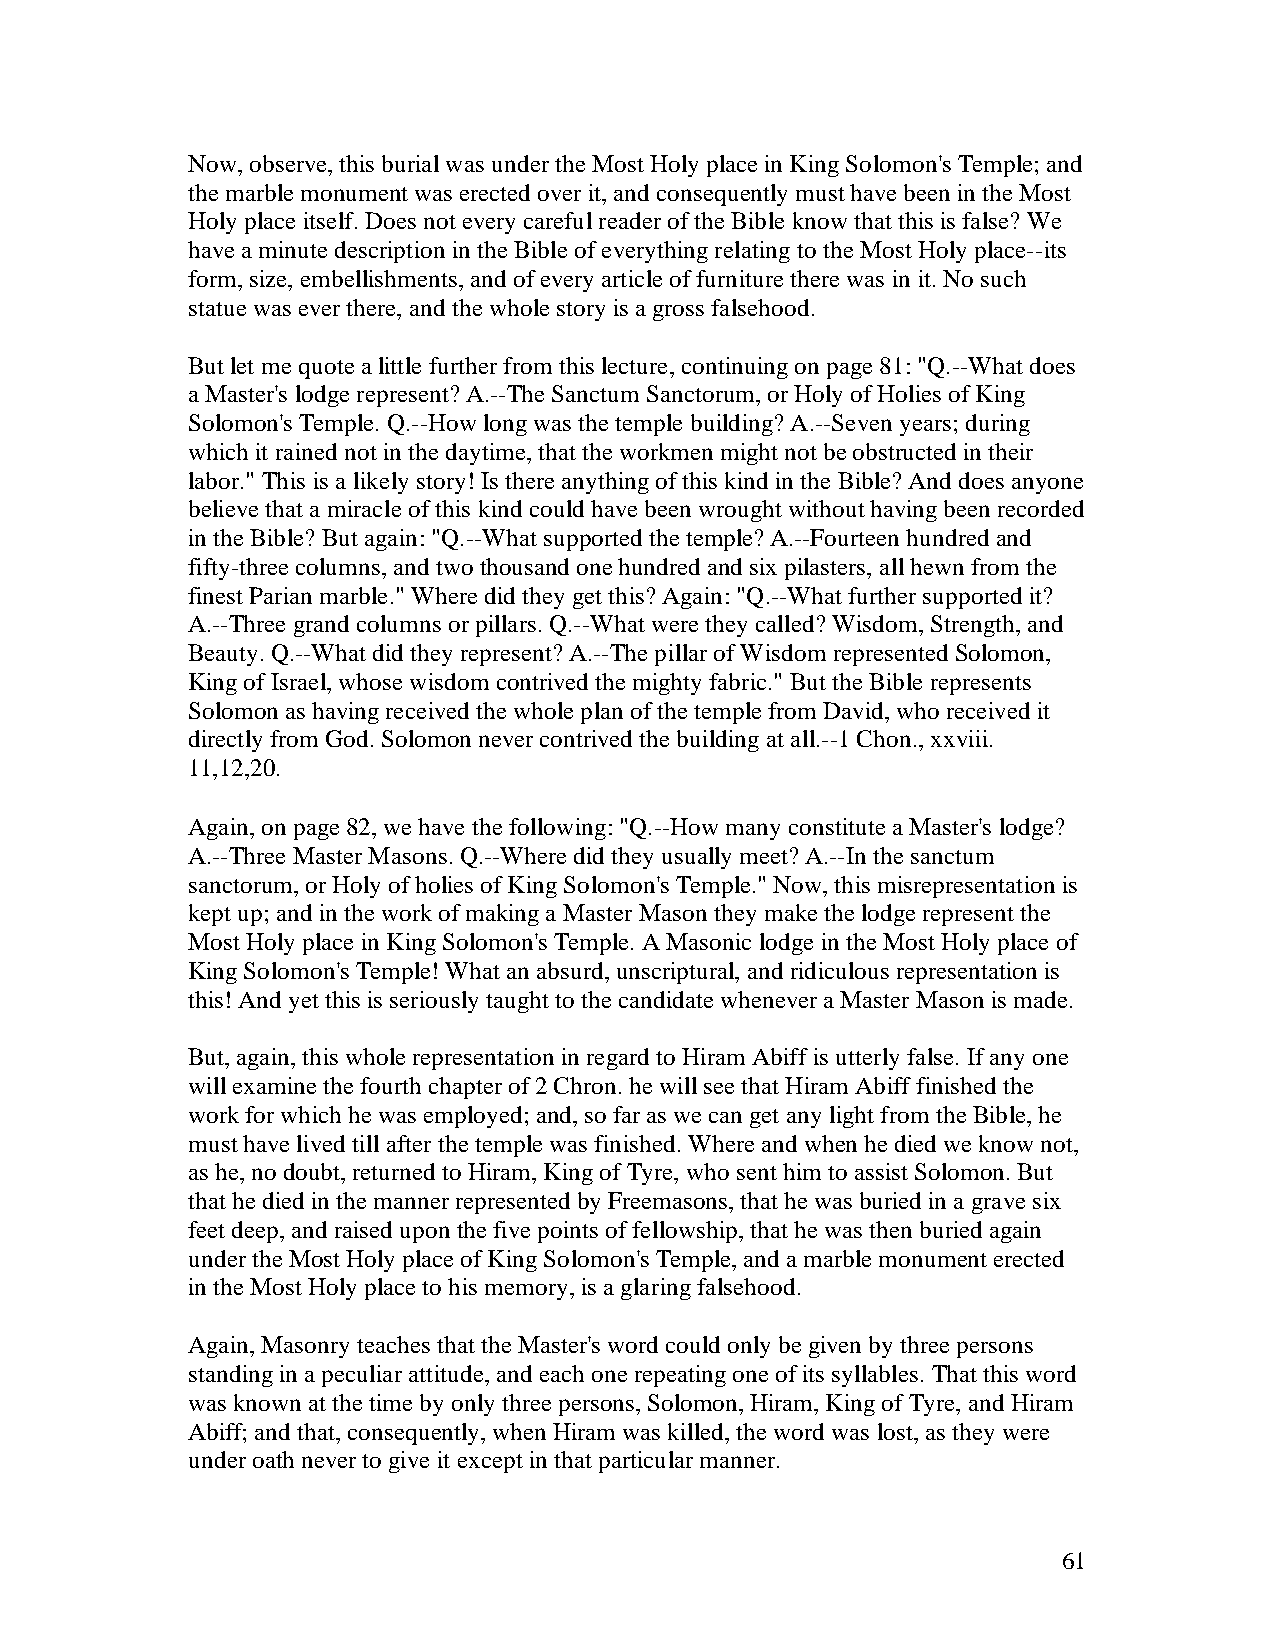
Now, observe, this burial was under the Most Holy place in King Solomon's Temple; and
 the marble monument was erected over it, and consequently must have been in the Most
 Holy place itself. Does not every careful reader of the Bible know that this is false? We
 have a minute description in the Bible of everything relating to the Most Holy place--its
 form, size, embellishments, and of every article of furniture there was in it. No such
 statue was ever there, and the whole story is a gross falsehood.
 But let me quote a little further from this lecture, continuing on page 81: "Q.--What does
 a Master's lodge represent? A.--The Sanctum Sanctorum, or Holy of Holies of King
 Solomon's Temple. Q.--How long was the temple building? A.--Seven years; during
 which it rained not in the daytime, that the workmen might not be obstructed in their
 labor." This is a likely story! Is there anything of this kind in the Bible? And does anyone
 believe that a miracle of this kind could have been wrought without having been recorded
 in the Bible? But again: "Q.--What supported the temple? A.--Fourteen hundred and
 fifty-three columns, and two thousand one hundred and six pilasters, all hewn from the
 finest Parian marble." Where did they get this? Again: "Q.--What further supported it?
 A.--Three grand columns or pillars. Q.--What were they called? Wisdom, Strength, and
 Beauty. Q.--What did they represent? A.--The pillar of Wisdom represented Solomon,
 King of Israel, whose wisdom contrived the mighty fabric." But the Bible represents
 Solomon as having received the whole plan of the temple from David, who received it
 directly from God. Solomon never contrived the building at all.--1 Chon., xxviii.
 11,12,20.
 Again, on page 82, we have the following: "Q.--How many constitute a Master's lodge?
 A.--Three Master Masons. Q.--Where did they usually meet? A.--In the sanctum
 sanctorum, or Holy of holies of King Solomon's Temple." Now, this misrepresentation is
 kept up; and in the work of making a Master Mason they make the lodge represent the
 Most Holy place in King Solomon's Temple. A Masonic lodge in the Most Holy place of
 King Solomon's Temple! What an absurd, unscriptural, and ridiculous representation is
 this! And yet this is seriously taught to the candidate whenever a Master Mason is made.
 But, again, this whole representation in regard to Hiram Abiff is utterly false. If any one
 will examine the fourth chapter of 2 Chron. he will see that Hiram Abiff finished the
 work for which he was employed; and, so far as we can get any light from the Bible, he
 must have lived till after the temple was finished. Where and when he died we know not,
 as he, no doubt, returned to Hiram, King of Tyre, who sent him to assist Solomon. But
 that he died in the manner represented by Freemasons, that he was buried in a grave six
 feet deep, and raised upon the five points of fellowship, that he was then buried again
 under the Most Holy place of King Solomon's Temple, and a marble monument erected
 in the Most Holy place to his memory, is a glaring falsehood.
 Again, Masonry teaches that the Master's word could only be given by three persons
 standing in a peculiar attitude, and each one repeating one of its syllables. That this word
 was known at the time by only three persons, Solomon, Hiram, King of Tyre, and Hiram
 Abiff; and that, consequently, when Hiram was killed, the word was lost, as they were
 under oath never to give it except in that particular manner.
 61